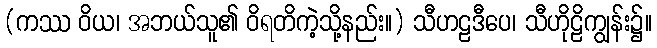
(ကဿ ဝိယ၊ အဘယ်သူ၏ ဝိရတိကဲ့သို့နည်း။) သီဟဠဒီပေ၊ သီဟိုဠိကျွန်း၌။